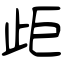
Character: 歫